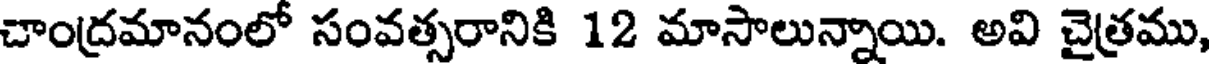
చాంద్రమానంలో సంవత్సరానికి 12 మాసాలున్నాయి. అవి చైత్రము,